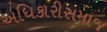
અધિકારીસમાજ